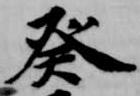
癸